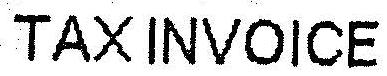
TAX INVOICE